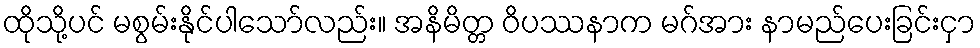
ထိုသို့ပင် မစွမ်းနိုင်ပါသော်လည်း။ အနိမိတ္တ ဝိပဿနာက မဂ်အား နာမည်ပေးခြင်းငှာ